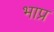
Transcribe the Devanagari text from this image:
भाप्र